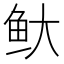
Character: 𬶃